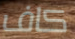
كاف